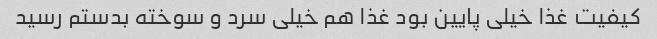
کیفیت غذا خیلی پایین بود غذا هم خیلی سرد و سوخته بدستم رسید